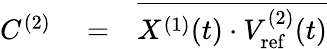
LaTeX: \begin{array}{rlr}{C^{(2)}}&{{}=}&{\overline{{X^{(1)}(t)\cdot V_{\mathrm{ref}}^{(2)}(t)}}}\end{array}